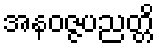
အနဝဇ္ဇပညတ္တိ